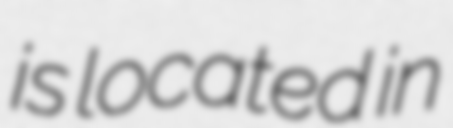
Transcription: is located in